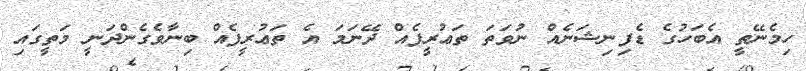
ހިމެނޭތީ އެބަހުގެ ޑެފިނިޝަނެއް ނުވަތަ ތަޢުރީފެއް ދޭނަމަ އެ ތަޢުރީފެއް ބިނާވެގެންދަނީ މަތީގައި